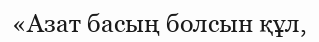
«Азат басың болсын құл,